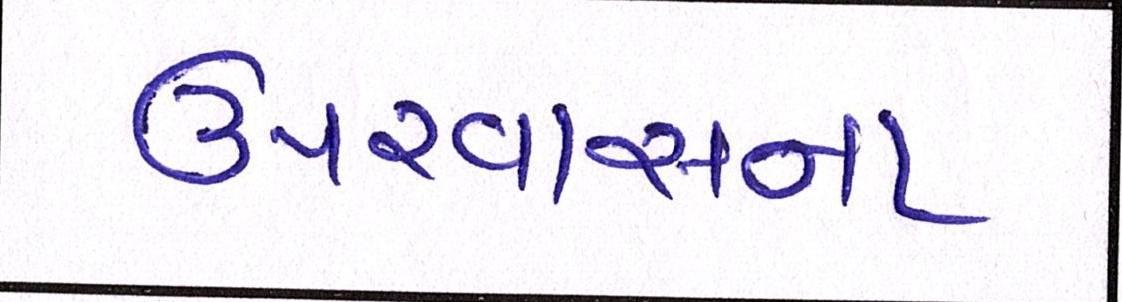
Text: ઉપરવાસના